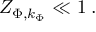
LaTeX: Z _ { \Phi , k _ { \Phi } } \ll 1 \; .